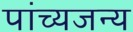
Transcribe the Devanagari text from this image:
पांच्यजन्य